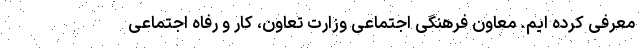
معرفی کرده ایم. معاون فرهنگی اجتماعی وزارت تعاون، کار و رفاه اجتماعی